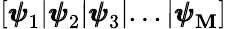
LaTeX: \left[{\pmb{\psi}}_{1}|{\pmb{\psi}}_{2}|{\pmb{\psi}}_{3}|...|{\pmb{\psi}}_{\mathbf{M}}\right]